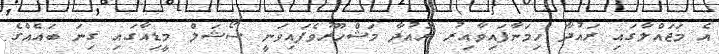
އެ މަޖައްލާގައި ރައުދާ ހިމަނާފައިވާއިރު ރައުދާ މަޝްހޫރުވެފައިވަނީ ސޯޝަލް މީޑިއާގައި ގިނަ ބައެއްގެ